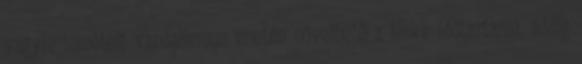
vagyis ismételt vandalizmus esetén növelhető a blokk időtartama, addig